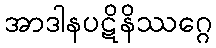
အာဒါနပဋိနိဿဂ္ဂေ